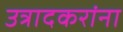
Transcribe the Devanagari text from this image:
उत्रादकरांना